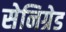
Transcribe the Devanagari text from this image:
सेनिग्रेड